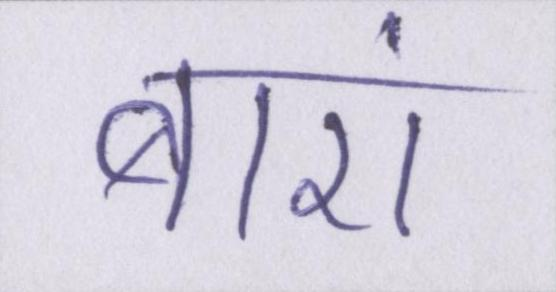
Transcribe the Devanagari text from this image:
बारां